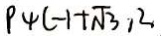
P _ { 4 } ( - 1 + \sqrt { 3 } , 2